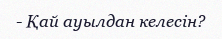
- Қай ауылдан келесін?